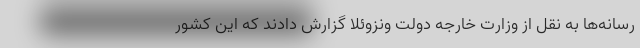
رسانه‌ها به نقل از وزارت خارجه دولت ونزوئلا گزارش دادند که این کشور